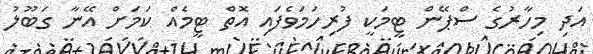
އަދި މިހާރުގެ ސްޕޭން ޓީމަކީ ފުރިހަމަވެފައި އޮތް ޓީމެއް ކަމަށް އޭނާ ގަބޫލު